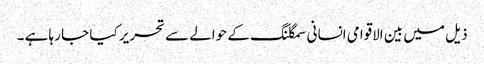
ذیل میں بین الاقوامی انسانی سمگلنگ کے حوالے سے تحریر کیا جا رہا ہے ۔